[Report on the health of British troops in the Madras command]
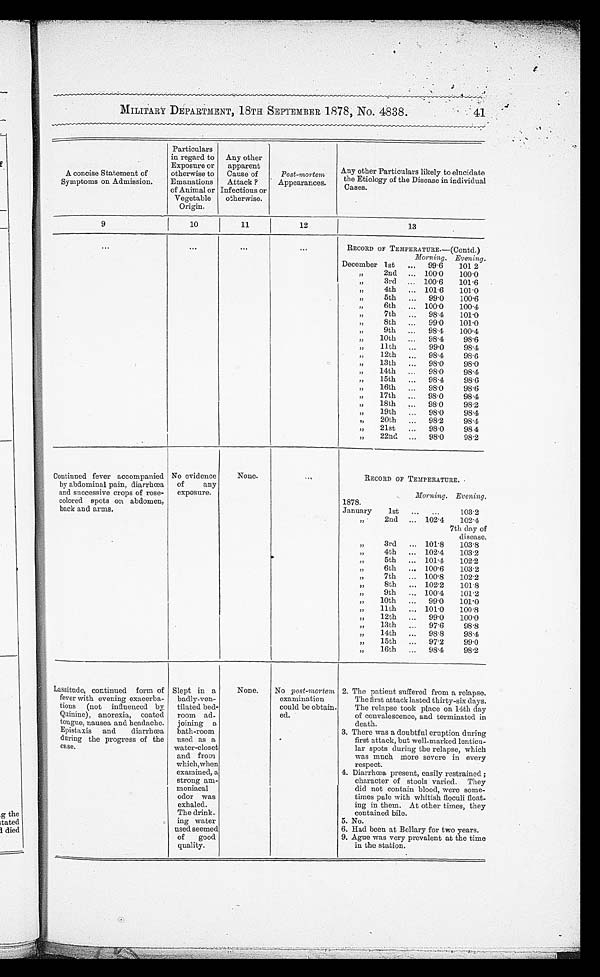
MILITARY DEPARTMENT, 18TH SEPTEMBER 1878, No. 4838. 41
A concise Statement of
Symptoms on Admission.
Particulars
in regard to
Exposure or
otherwise to
Emanations
of Animal or
Vegetable
Origin.
Any other
apparent
Cause of
Attack?
Infectious or
otherwise.
Post-mortem
Appearances.
Any ot he r Pa r t i c ul a r s l i ke l y t o e l uc i da t e t he Et i ol ogy of t he Di s e a s e i n i ndi vi dua l Ca s e s .
9
10
11
12
13
RECORD OF TEMPERATURE.—(Contd.)
Morning. Evening.
December 1st
99·6
101·2
,, 2nd
100·0
100·0
,, 3rd
100·6
101·6
, , 4 t h
101·6
101·0
,, 5th
99·0
100·6
, , 6 t h
100·0
100·4
,, 7th
98·4
101·0
,, 8th
99·0
101·0
,, 9th
98·4
100·4
,, 10th
98·4
98·6
,, 11th
99·0
98·4
,, 12th
98·4
98·6
, , 1 3 t h
98·0
98·0
,, 14th
98·0
98·4
,, 15th
98·4
98·6
,, 16th
98·0
98·6
,, 17th
98·0
98·4
,, 18th
98·0
98·2
,, 19th
98·0
98·4
,, 20th
98·2
98·4
,, 21st
98·0
98·4
,, 22nd
98·0
98·2
Continued fever accompanied
by abdominal pain, diarrhœa
and successive crops of rose-
colored spots on abdomen,
back and arms.
No evidence
of any
exposure.
None.
RECORD OF TEMPERATURE.
Morning. Evening.
1878.
January 1st
103·2
,, 2nd
102·4
102·4
7th day of
disease.
,, 3rd
101·8
103·8
,, 4th
102·4
103·2
,, 5th
101·4
102·2
,, 6th
100·6
103·2
,, 7th
100·8
102·2
, , 8 t h
102·2
101·8
,, 9th
100·4
101·2
,, 10th
99·0
101·0
,, 11th
101·0
100·8
,, 12th
99·0
100·0
,, 13th
97·6
98·8
, , 1 4 t h
98·8
98·4
,, 15th
97·2
99·0
,, 16th
98·4
98·2
Lassitude, continued form of
fever with evening exacerba
-tious (not influenced by
Quinine), anorexia, coated
tongue, nausea and headache.
Epistaxis and diarrhœa
during the progress of the
case.
Slept in
a badly-ven-
tilated bed-
room ad
-joining
a bath-room
used as
a water-closet
and from
which, when
examined,
a strong am
-moniacal
odor was
exhaled.
The drink
-ing water
used seemed
of good
quality.
None.
No post-mortem
examination
could be obtain
-ed.
2 . T h e p a t i e n t s u f f e r e d f r o m a r e l a p s e . T h e f i r s t a t t a c k l a s t e d t h i r t y - s i x d a y s . T h e r e l a p s e t o o k p l a c e o n 4 t h d a y o f c o n v a l e s c e n c e , d e a t h , a n d t e r m i n a t e d i n d e a t h .
3 . T h e r e w a s a d o u b t f u l e r u p t i o n d u r i n g f i r s t a t t a c k , b u t w e l l - m a r k e d l e n t i c u - l a r s p o t s d u r i n g t h e r e l a p s e , w h i c h w a s m u c h m o r e s e v e r e i n e v e r y r e s p e c t .
4 . D i a r r h o e a p r e s e n t , e a s i l y r e s t r s i n e d ; c h a r a c t e r o f s t o o l s v a r i e d . T h e y d i d n o t c o n t a i n b l o o d , w e r e s o m e - t i m e s p a l e w i t h w h i t i s h f l o c u l i f l o a t - i n g i n t h e m . A t o t h e r t i m e s , t h e y c o n t a i n e d b i l e .
5. No.
6. Had been at Bellary for two years.
9. Ague was very valent at the time
in the station.